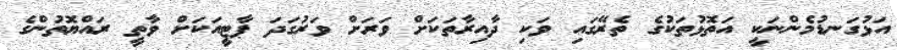
އަޅުގަނޑުމެންނަކީ އަތޮޅުތަކުގެ ތެރޭގައި ވަކި ދާއިރާތަކަށް ވަރަށް ވަރުގަދަ ޕާޓީއަކަށް ވާތީ ރައްޔޮތުންގެ